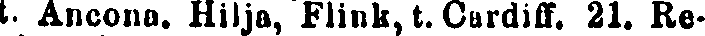
t. Ancona. Hilja, Flink, t. Cardiff. 21. Re-